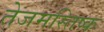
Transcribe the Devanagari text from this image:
तेजमस्तिष्क